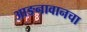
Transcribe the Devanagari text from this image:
आङनावानचा